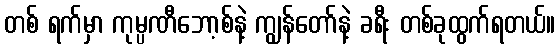
တစ် ရက်မှာ ကုမ္ပဏီဘော့စ်နဲ့ ကျွန်တော်နဲ့ ခရီး တစ်ခုထွက်ရတယ်။